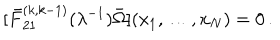
LaTeX: [ \bar { F } _ { 2 1 } ^ { ( k , k - 1 ) } ( \lambda ^ { - 1 } ) \bar { \Omega } ] ( x _ { 1 } , \ldots , x _ { N } ) = 0 \, .